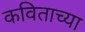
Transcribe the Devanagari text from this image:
कविताच्या